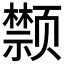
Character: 𩖗